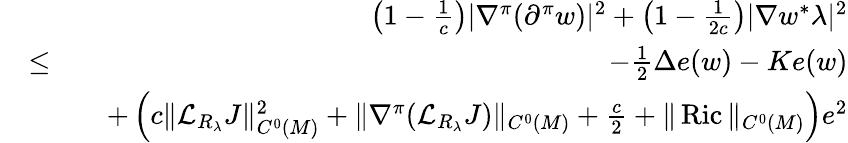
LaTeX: \begin{array}{rlr}&{}&{\left(1-\frac{1}{c}\right)|\nabla^{\pi}(\partial^{\pi}w)|^{2}+\left(1-\frac{1}{2c}\right)|\nabla w^{*}\lambda|^{2}}\\ &{\leq}&{-\frac{1}{2}\Delta e(w)-Ke(w)}\\ &{}&{\quad+\left(c\| {\mathcal L}_{R_{\lambda}}J\| _{C^{0}(M)}^{2}+\| \nabla^{\pi}({\mathcal L}_{R_{\lambda}}J)\| _{C^{0}(M)}+\frac{c}{2}+\| \operatorname{Ric}\| _{C^{0}(M)}\right)e^{2}}\end{array}